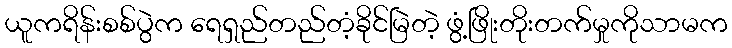
ယူကရိန်းစစ်ပွဲက ရေရှည်တည်တံ့ခိုင်မြဲတဲ့ ဖွံ့ဖြိုးတိုးတက်မှုကိုသာမက